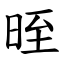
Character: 晊